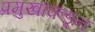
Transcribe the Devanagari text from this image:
प्रमुखांकडून